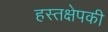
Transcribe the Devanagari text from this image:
हस्तक्षेपकी